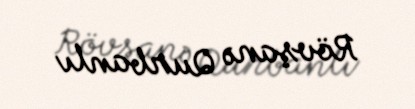
Rövşanə Qurbanlı